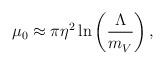
LaTeX: \begin{align*}\mu_0 \approx \pi\eta^2\ln\left(\frac{\Lambda}{m_V^{}}\right),\end{align*}